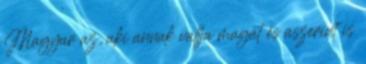
Magyar az, aki annak vallja magát és aszerint is